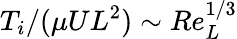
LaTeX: T_{i}/(\mu UL^{2})\sim Re_{L}^{1/3}